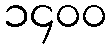
၁၄၀၀